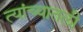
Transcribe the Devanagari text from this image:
त्यांच्यातली